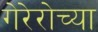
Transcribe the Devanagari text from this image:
गेरेरोच्या